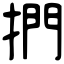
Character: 捫